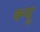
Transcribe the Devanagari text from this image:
क्न्यू